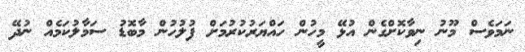
ނަމަވެސް މޫނު ނިވާކޮށްގެން އުޅޭ މީހުން ހައްޔަރުކުރުމަށް ފުލުހުން މާބޮޑު ސަމާލުކަމެއް ނުދޭ